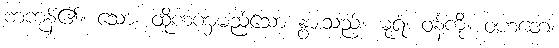
ကကုန်၏။ သော၊ ထိုကဏှမည်သော နွားသည်။ ဓုရံ၊ ဝန်ကို။ ဝဟတေ၊